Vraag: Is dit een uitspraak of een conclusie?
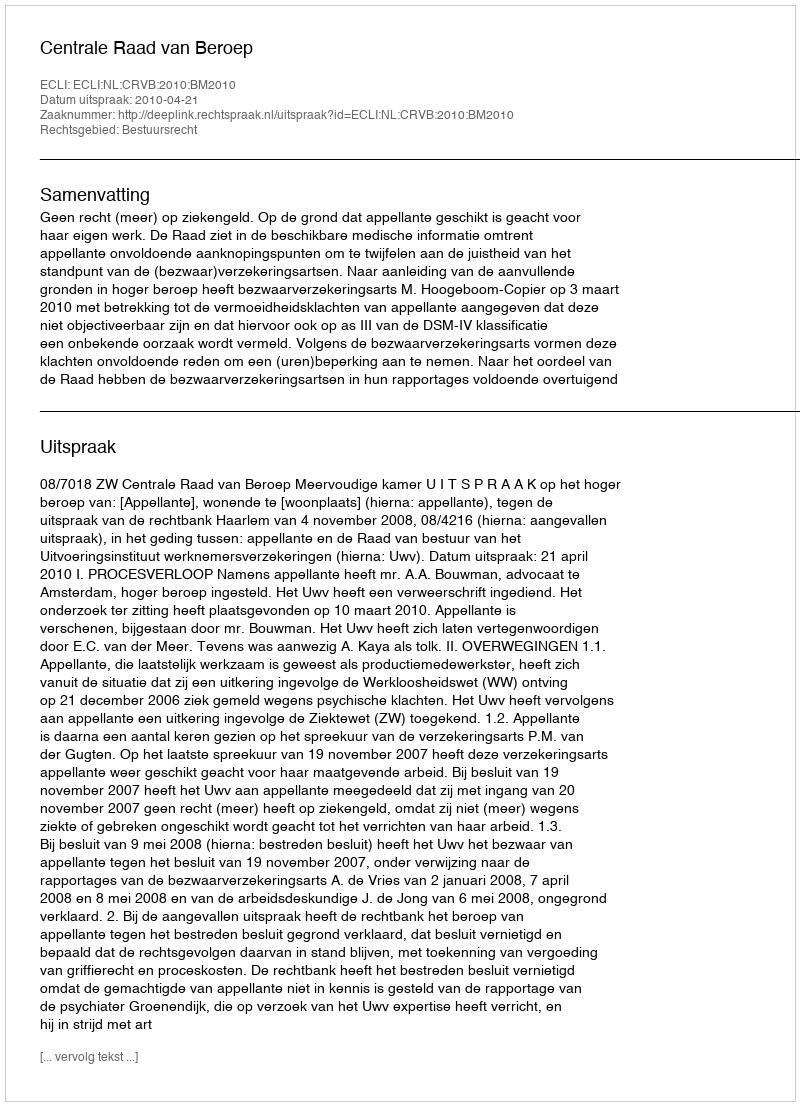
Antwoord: Uitspraak